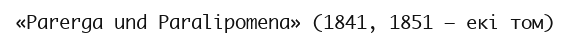
«Parerga und Paralipomena» (1841, 1851 — екі том)